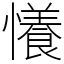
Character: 懩